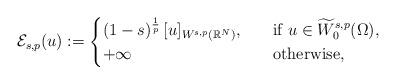
LaTeX: \begin{align*}\mathcal E_{s,p}(u):=\begin{cases} (1-s)^\frac{1}{p}\,[u]_{W^{s,p}(\mathbb{R}^N)},\quad&\mbox{if }u\in \widetilde W^{s,p}_0(\Omega),\\+\infty\quad&\mbox{otherwise,}\end{cases}\end{align*}